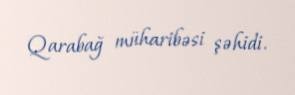
Qarabağ müharibəsi şəhidi.